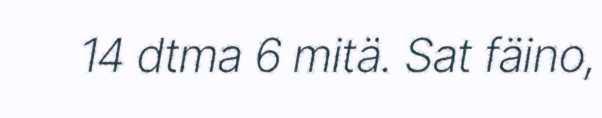
14 dtma 6 mitä. Sat fäino,